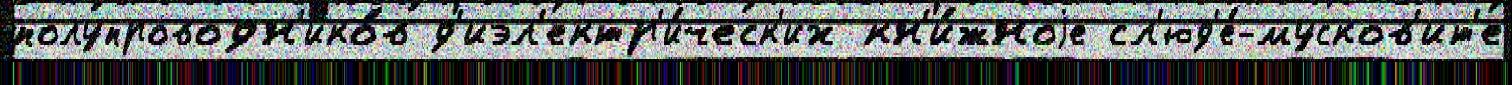
полупроводн'ико́в д'иэл'ектр'и́ческ'их кн'и́жноjе сл'юд'е́-мусков'ит'е